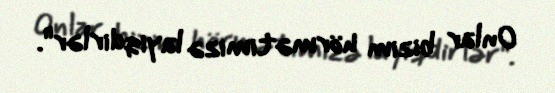
Onlar bizim hörmətimizə layiqdirlər".